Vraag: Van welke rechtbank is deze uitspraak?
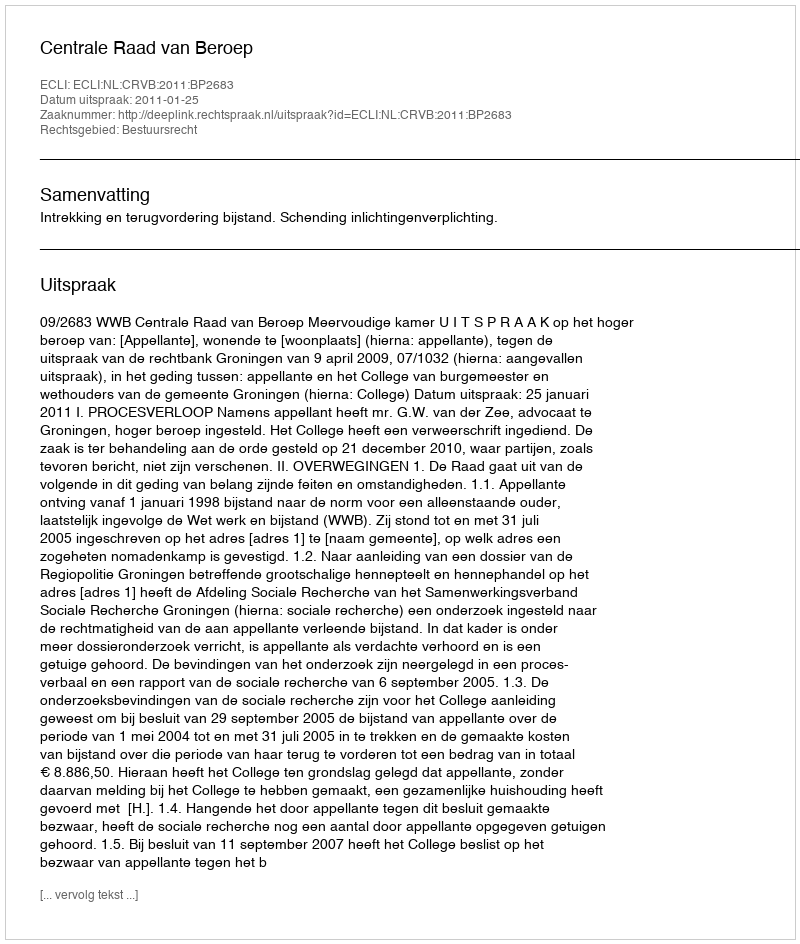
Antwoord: Centrale Raad van Beroep